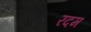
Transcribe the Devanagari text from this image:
रदम